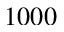
1 0 0 0